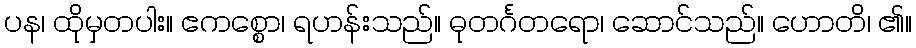
ပန၊ ထိုမှတပါး။ ဧကစ္စော၊ ရဟန်းသည်။ ဓုတင်္ဂတရော၊ ဆောင်သည်။ ဟောတိ၊ ၏။